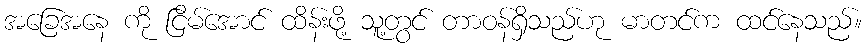
အခြေအနေ ကို ငြိမ်အောင် ထိန်းဖို့ သူ့တွင် တာဝန်ရှိသည်ဟု မာတင်က ထင်နေသည်။